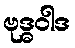
ဗုဒ္ဓဝါဒ